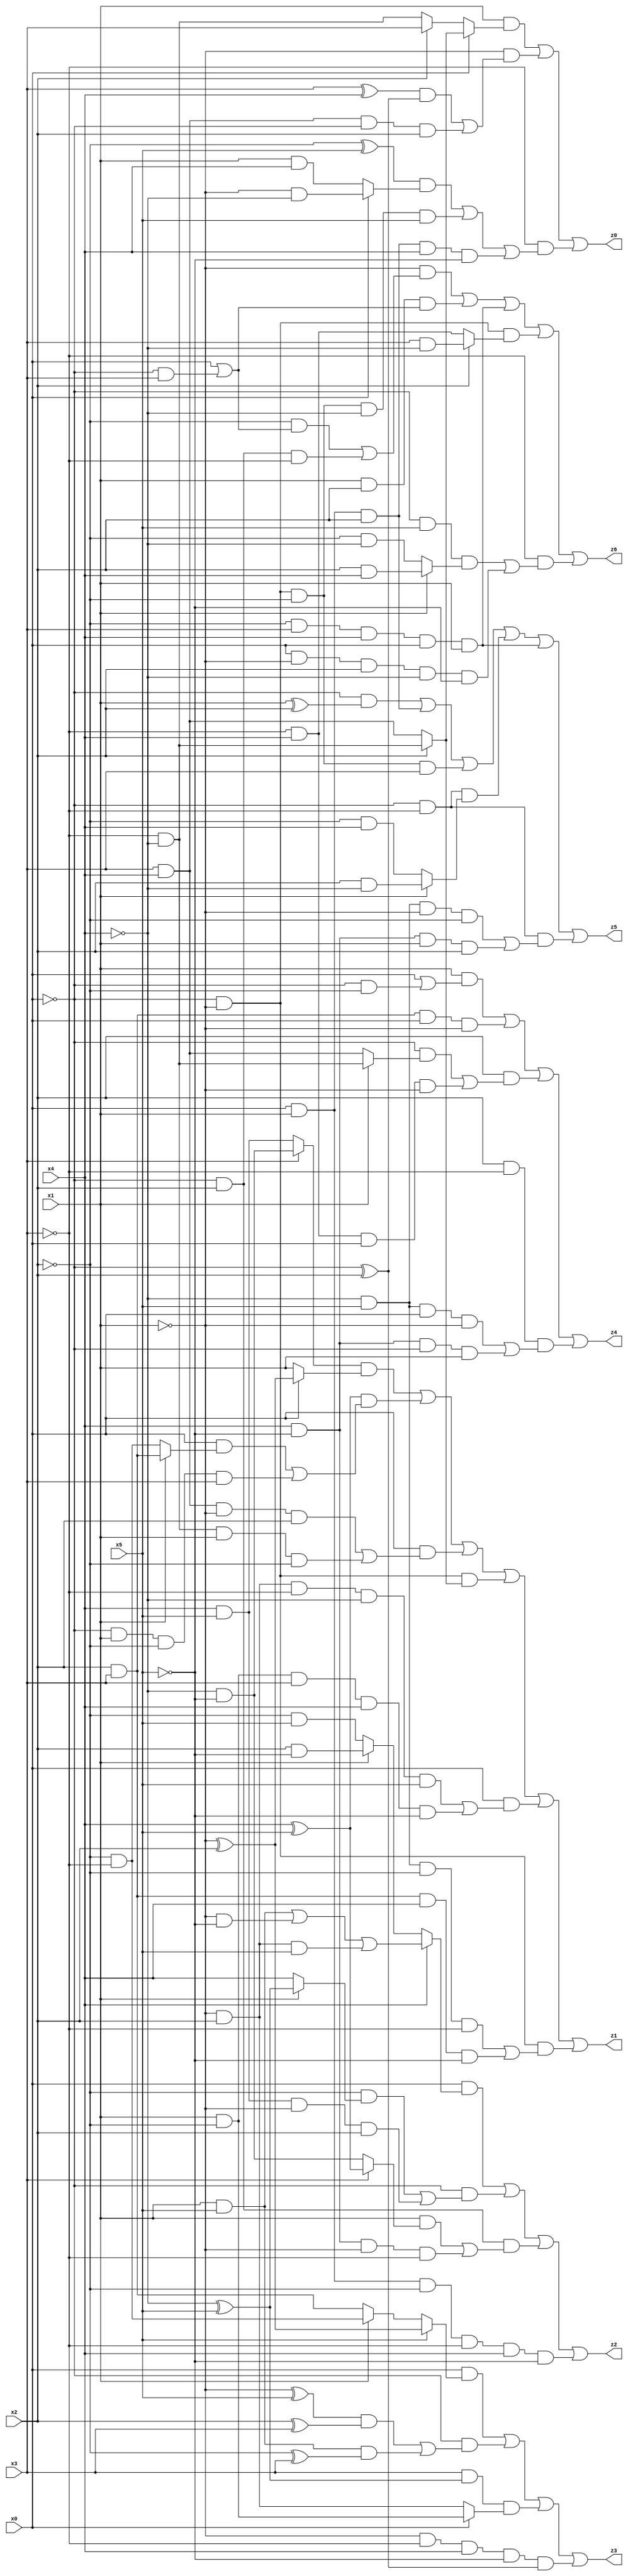
// Benchmark "X_28" written by ABC on Thu Jun 29 21:19:01 2023

module X_81 ( 
    x0, x1, x2, x3, x4, x5,
    z0, z1, z2, z3, z4, z5, z6  );
  input  x0, x1, x2, x3, x4, x5;
  output z0, z1, z2, z3, z4, z5, z6;
  assign z0 = (x1 & (x0 ? (x2 ? (~x3 & ~x4) : (x3 & x4)) : (x2 ? x3 : (~x3 & ~x4)))) | (~x1 & (((x3 ^ x4) & (~x0 ^ x2)) | (x3 & x4 & ~x0 & x2))) | (~x3 & (((~x2 ^ x5) & (x0 ? (~x1 & ~x4) : (x1 & x4))) | (~x0 & ~x1 & ~x2 & ~x4 & x5) | (x0 & x1 & x2 & x4 & ~x5)));
  assign z1 = ((x3 ? (~x4 & ~x5) : (x4 & x5)) & (x0 ? (~x1 ^ x2) : x1)) | ((x4 ^ x5) & ((x0 & (x1 ? (x2 & x3) : (~x2 & ~x3))) | (~x0 & x1 & ~x2 & x3))) | (x0 & ((x3 & x4 & ~x1 & x2) | (~x3 & ~x4 & x1 & ~x2))) | (~x0 & ~x1 & (x2 ? (~x3 & ~x4) : (x3 & x4))) | (x0 & ((~x1 & x2 & ~x3 & ~x4 & x5) | (x1 & ~x2 & x3 & x4 & ~x5))) | (~x0 & ~x1 & ((~x4 & x5 & ~x2 & ~x3) | (x2 & x3 & x4 & ~x5)));
  assign z2 = (x0 & (x4 ? ((x1 & x5) | (~x1 & ~x5) | (~x1 & x2 & x5)) : (x1 ? (x2 & ~x5) : (~x2 & x5)))) | (~x0 & ((~x2 & (x1 ? (~x4 ^ x5) : x4)) | (x4 & x5 & ~x1 & x2))) | (~x0 & x2 & ((x1 & (x3 ? (x4 ^ x5) : (~x4 & ~x5))) | (x4 & ~x5 & ~x1 & ~x3))) | (x0 & x1 & ~x2 & ~x3 & x4 & ~x5);
  assign z3 = (x0 & (x5 ? (~x1 ^ x2) : (x1 ? (~x2 & ~x3) : (x2 & x3)))) | (~x0 & (((~x1 ^ x5) & (x2 ^ x3)) | (x1 & x5 & (~x2 ^ x3)))) | (x3 & (~x4 ^ x5) & (x0 ? (x1 & ~x2) : (~x1 & x2))) | (~x1 & ~x3 & x4 & ~x5 & (~x0 ^ x2));
  assign z4 = (x1 & (x0 | (~x0 & ~x2))) | (x2 & x3 & x0 & ~x1) | (x2 & ((~x0 & (x1 ? (~x3 & ~x4) : (x3 & x4))) | (~x3 & x4 & x0 & ~x1))) | (x2 & ~x3 & ((~x4 & x5 & x0 & ~x1) | (x4 & ~x5 & ~x0 & x1)));
  assign z5 = (~x0 & (x1 ^ x2)) | (x0 & x1 & x2) | (~x0 & ~x1 & ~x2 & x3) | (~x0 & ~x3 & (x1 ? (x2 & ~x4) : (~x2 & x4))) | (~x2 & x3 & x4 & x0 & x1) | (~x0 & ~x3 & ((~x4 & x5 & ~x1 & ~x2) | (x4 & ~x5 & x1 & x2)));
  assign z6 = (~x1 & ((~x2 & (x0 | (~x0 & x3))) | (~x0 & x2 & ~x3))) | (x1 & x2 & (x0 | (~x0 & x3))) | (~x2 & x3 & x4 & x0 & x1) | (~x0 & ~x1 & (x2 ? (x3 & ~x4) : (~x3 & x4))) | (~x3 & ((~x0 & x5 & (x1 ? (x2 & x4) : (~x2 & ~x4))) | (x0 & ~x1 & x2 & ~x4 & ~x5)));
endmodule